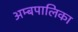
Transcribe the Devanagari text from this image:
अम्बपालिका